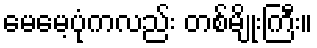
မေမေ့ပုံကလည်း တစ်မျိုးကြီး။